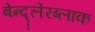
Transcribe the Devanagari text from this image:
बेन्द्लेरब्लाक